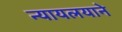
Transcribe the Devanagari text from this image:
न्यायलयाने